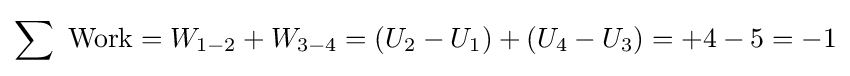
\sum {\text{ Work}}=W_{1-2}+W_{3-4}=\left(U_{2}-U_{1}\right)+\left(U_{4}-U_{3}\right)=+4-5=-1